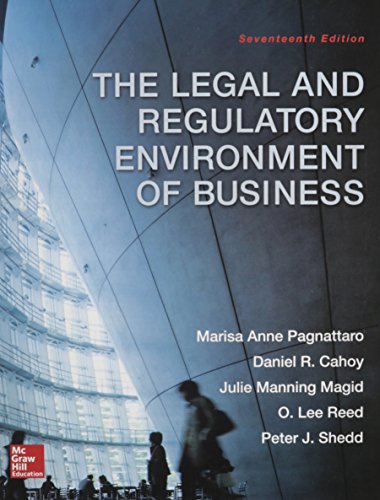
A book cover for The Legal and Regulatory Environment of Business; Marisa Pagnattaro; Law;